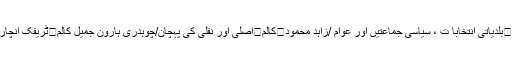
عبادت ہے / ظہیر احمد چوہدری کالم	کلر سیداں میں تخریب کاری /عبدلخطیب چوہدری کالم	بلدیاتی انتخابا ت ، سیاسی جماعتیں اور عوام /زاہد محمود	کالم	اصلی اور نقلی کی پہچان/چوہدری ہارون جمیل کالم	ٹریفک انچارج کلر سیداں عمران خان کا خصوصی انٹر ویو	کالم	چوہدری نثار علی خان کے منصوبے؟